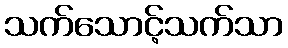
သက်သောင့်သက်သာ